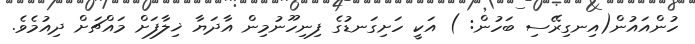
ހުންއައުން(އިނގިރޭސި ބަހުން: ) އަކީ ހަށިގަނޑުގެ ފިނިހޫނުމިން އާދަޔާ ޚިލާފަށް މައްޗަށް ދިއުމެވެ.